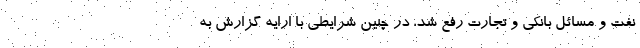
نفت و مسائل بانکی و تجارت رفع شد، در چنین شرایطی با ارایه گزارش به